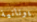
يونانية